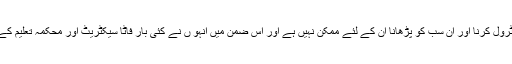
دوسری جانب سکول استاد منور خان یہ تسلیم کرتے ہیں کہ اکیلے اتنی تعداد میں بچوں کو کنٹرول کرنا اور ان سب کو پڑھانا ان کے لئے ممکن نہیں ہے اور اس ضمن میں انہو ں نے کئی بار فاٹا سیکٹریٹ اور محکمہ تعلیم کے حکام کو اساتذہ کے کمی کے بابت آگاہ کیا ہے لیکن ابھی تک کئی پیش رفت نہیں ہوئی ہے۔